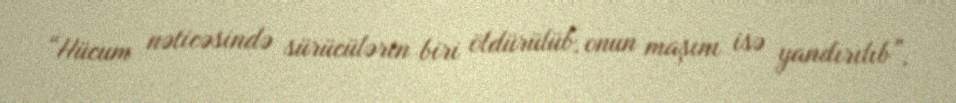
“Hücum nəticəsində sürücülərin biri öldürülüb, onun maşını isə yandırılıb”,